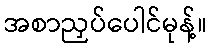
အစာညှပ်ပေါင်မုန့်။